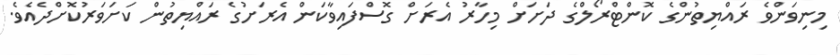
މިނިވަންވެ ރައްޔިތުންގެ ކޮންޓްރޯލްގެ ދަށަށް މިހާރު އެރަށް ގޮސްފައިވާކަން އެރަށުގެ ރައްޔިތުން ކަށަވަރުކޮށްދެއެވެ.